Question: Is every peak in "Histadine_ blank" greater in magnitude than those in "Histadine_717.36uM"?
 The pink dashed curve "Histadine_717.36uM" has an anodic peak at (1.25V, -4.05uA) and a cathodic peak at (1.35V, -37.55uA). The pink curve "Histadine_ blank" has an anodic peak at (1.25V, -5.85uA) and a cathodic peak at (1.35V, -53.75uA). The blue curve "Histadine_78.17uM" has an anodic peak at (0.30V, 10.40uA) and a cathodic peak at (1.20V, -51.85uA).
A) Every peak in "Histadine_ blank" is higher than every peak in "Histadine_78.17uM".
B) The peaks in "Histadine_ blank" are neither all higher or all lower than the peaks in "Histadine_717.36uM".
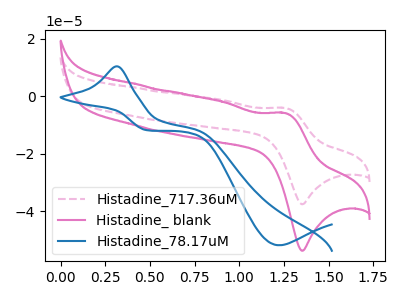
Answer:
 <answer>B) The peaks in "Histadine_ blank" are neither all higher or all lower than the peaks in "Histadine_717.36uM".</answer>
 <eval>B</eval>